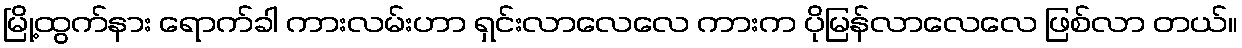
မြို့ထွက်နား ရောက်ခါ ကားလမ်းဟာ ရှင်းလာလေလေ ကားက ပိုမြန်လာလေလေ ဖြစ်လာ တယ်။